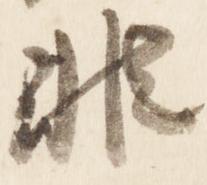
非